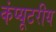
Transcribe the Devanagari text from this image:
कंप्यूटरीय